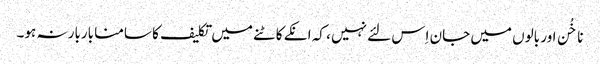
ناخُن اور بالوں میں جان اِس لئے نہیں ، کہ انکے کاٹنے میں تکلیف کا سامنا باربار نہ ہو۔